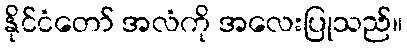
နိုင်ငံတော် အလံကို အလေးပြုသည်။